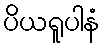
ပိယရူပါနံ